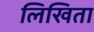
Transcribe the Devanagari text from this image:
लिखिता